Civil Veterinary Dept. Assam report 1927-50 - 1927-1950
Year: 1927
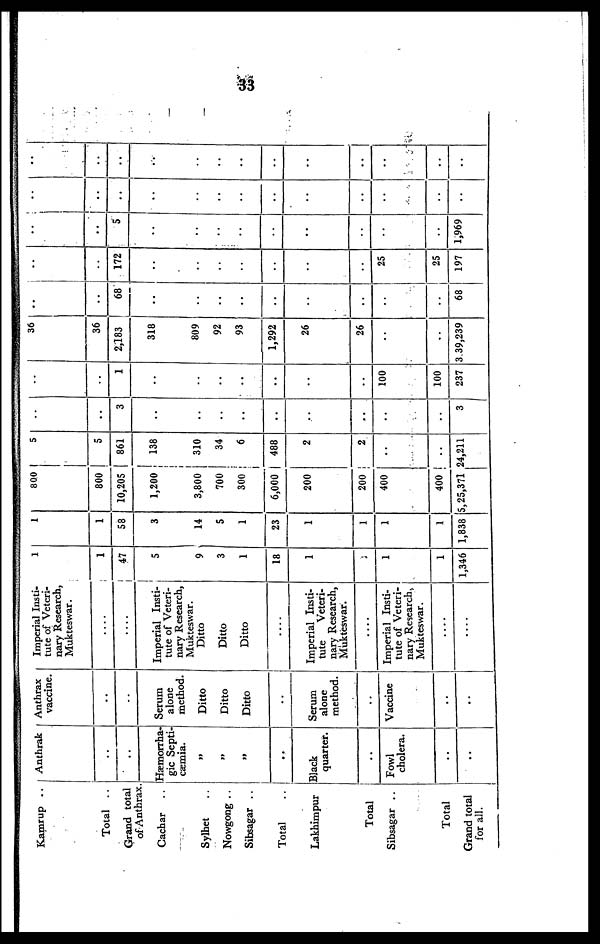
33
Kamrup ..
Total ..
Grand total
of Anthrax.
Cachar ..
Sylhet ..
Nowgong ..
Sibsagar ..
Total ..
Lakhimpur
Total
Sibsagar ..
|
Total
Grand total
for all.
Anthrak
..
..
Hæmorrha-
gic Septi-
cæmia.
„
„
„
Black
quarter.
..
Fowl
cholera.
..
..
Anthrax
vaccine.
..
..
Serum
alone
method.
Ditto
Ditto
Ditto
Serum
alone
method.
..
Vaccine
..
..
Imperial Insti-
tute of Veteri-
nary Research,
Mukteswar.
....
....
Imperial Insti-
tute of Veteri-
nary Research,
Mukteswar.
Ditto
Ditto
Ditto
Imperial Insti-
tute
Veteri-
nary Research,
Mukteswar.
Imperial Insti-
tute of Veteri-
nary Research,
Mukteswar.
....
....
1
1
47
5
9
3
1
18
1
..
1
1
1,346
1
1
58
3
14
5
1
23
1
1
1
1
1,838
800
800
10,205
1,200
3,800
700
300
6,000
200
200
400
400
5,25,371
5
5
861
138
310
34
6
488
2
2
..
..
24,211
..
..
3
..
..
..
..
..
..
..
..
..
3
..
..
1
..
..
..
..
..
..
..
100
100
237
36
36
2,183
318
809
92
93
1,292
26
26
..
..
3 39,239
..
..
68
..
..
..
..
..
..
..
..
..
68
..
..
172
..
..
..
..
..
..
..
25
25
197
..
..
5
..
..
..
..
..
..
..
..
..
1,969
..
..
..
..
..
..
..
..
..
..
..
..
..
..
..
..
..
..
..
..
..
..
..
..
..
..